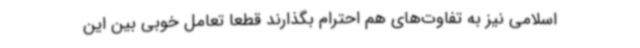
اسلامی نیز به تفاوت‌های هم احترام بگذارند قطعا تعامل خوبی بین این